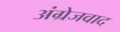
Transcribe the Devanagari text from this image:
अंग्रेजवाद